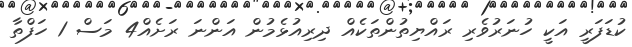
ކުޑަފަރީ އަކީ ހުނަރުވެރި ރައްޔިތުންތަކެއް ދިރިއުޅެމުން އަންނަ ރަށެއް4 މަސް 1 ހަފްތާ